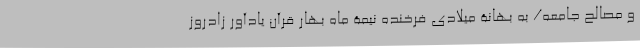
و مصالح جامعه/ به بهانۀ میلادی فرخنده نیمۀ ماه بهار قرآن یادآور زادروز